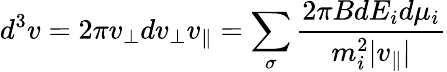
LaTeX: d^{3}v=2\pi v_{\perp}dv_{\perp}v_{\| }=\sum_{\sigma}\frac{2\pi BdE_{i}d\mu_{i}}{m_{i}^{2}|v_{\| }|}